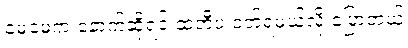
မေမေက နောက်ဆိုရင် ထဘီပဲ ဝတ်ရမယ်လို့ ပြောတယ်